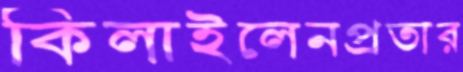
কিলাইলেনপ্রতার